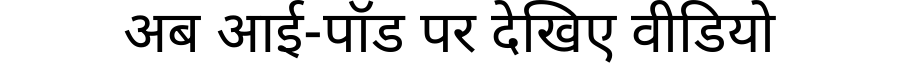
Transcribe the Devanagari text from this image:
अब आई-पॉड पर देखिए वीडियो